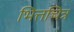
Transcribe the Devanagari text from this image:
भित्तचित्र